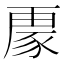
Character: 𮙟